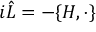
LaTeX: i { \hat { L } } = - \{ H , \cdot \}